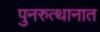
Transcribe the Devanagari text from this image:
पुनरुत्थानात